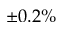
\pm 0 . 2 \%